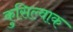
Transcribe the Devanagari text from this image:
कुसिल्वाक